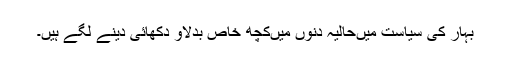
بہار کی سیاست میںحالیہ دنوں میںکچھ خاص بدلاؤ دکھائی دینے لگے ہیں۔